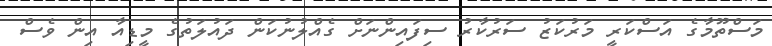
މަސްތޫމާގެ އަސްކަރީ މަރުކަޒު ސަރުކާރު ސިފައިންނަށް ގެއްލުނުކަން ދައުލަތުގެ މީޑިއާ އިން ވެސް